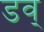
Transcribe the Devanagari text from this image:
डव्